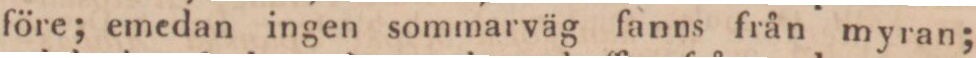
före; emedan ingen sommarväg fanns från myran;